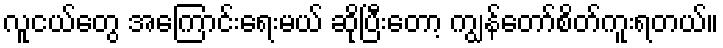
လူငယ်တွေ အကြောင်းရေးမယ် ဆိုပြီးတော့ ကျွန်တော်စိတ်ကူးရတယ်။